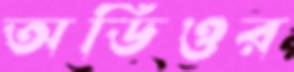
অডিওর